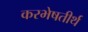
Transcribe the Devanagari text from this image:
करभेषतीर्थ